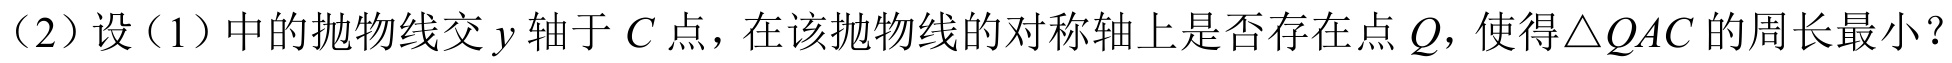
（2）设（1）中的抛物线交\(y\)轴于\(C\)点，在该抛物线的对称轴上是否存在点\(Q\)，使得\(\triangle QAC\)的周长最小？